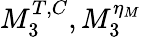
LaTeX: M_{3}^{T,C},M_{3}^{\eta_{M}}